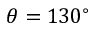
\theta = 1 3 0 ^ { \circ }